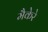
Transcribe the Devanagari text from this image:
मैकेरे